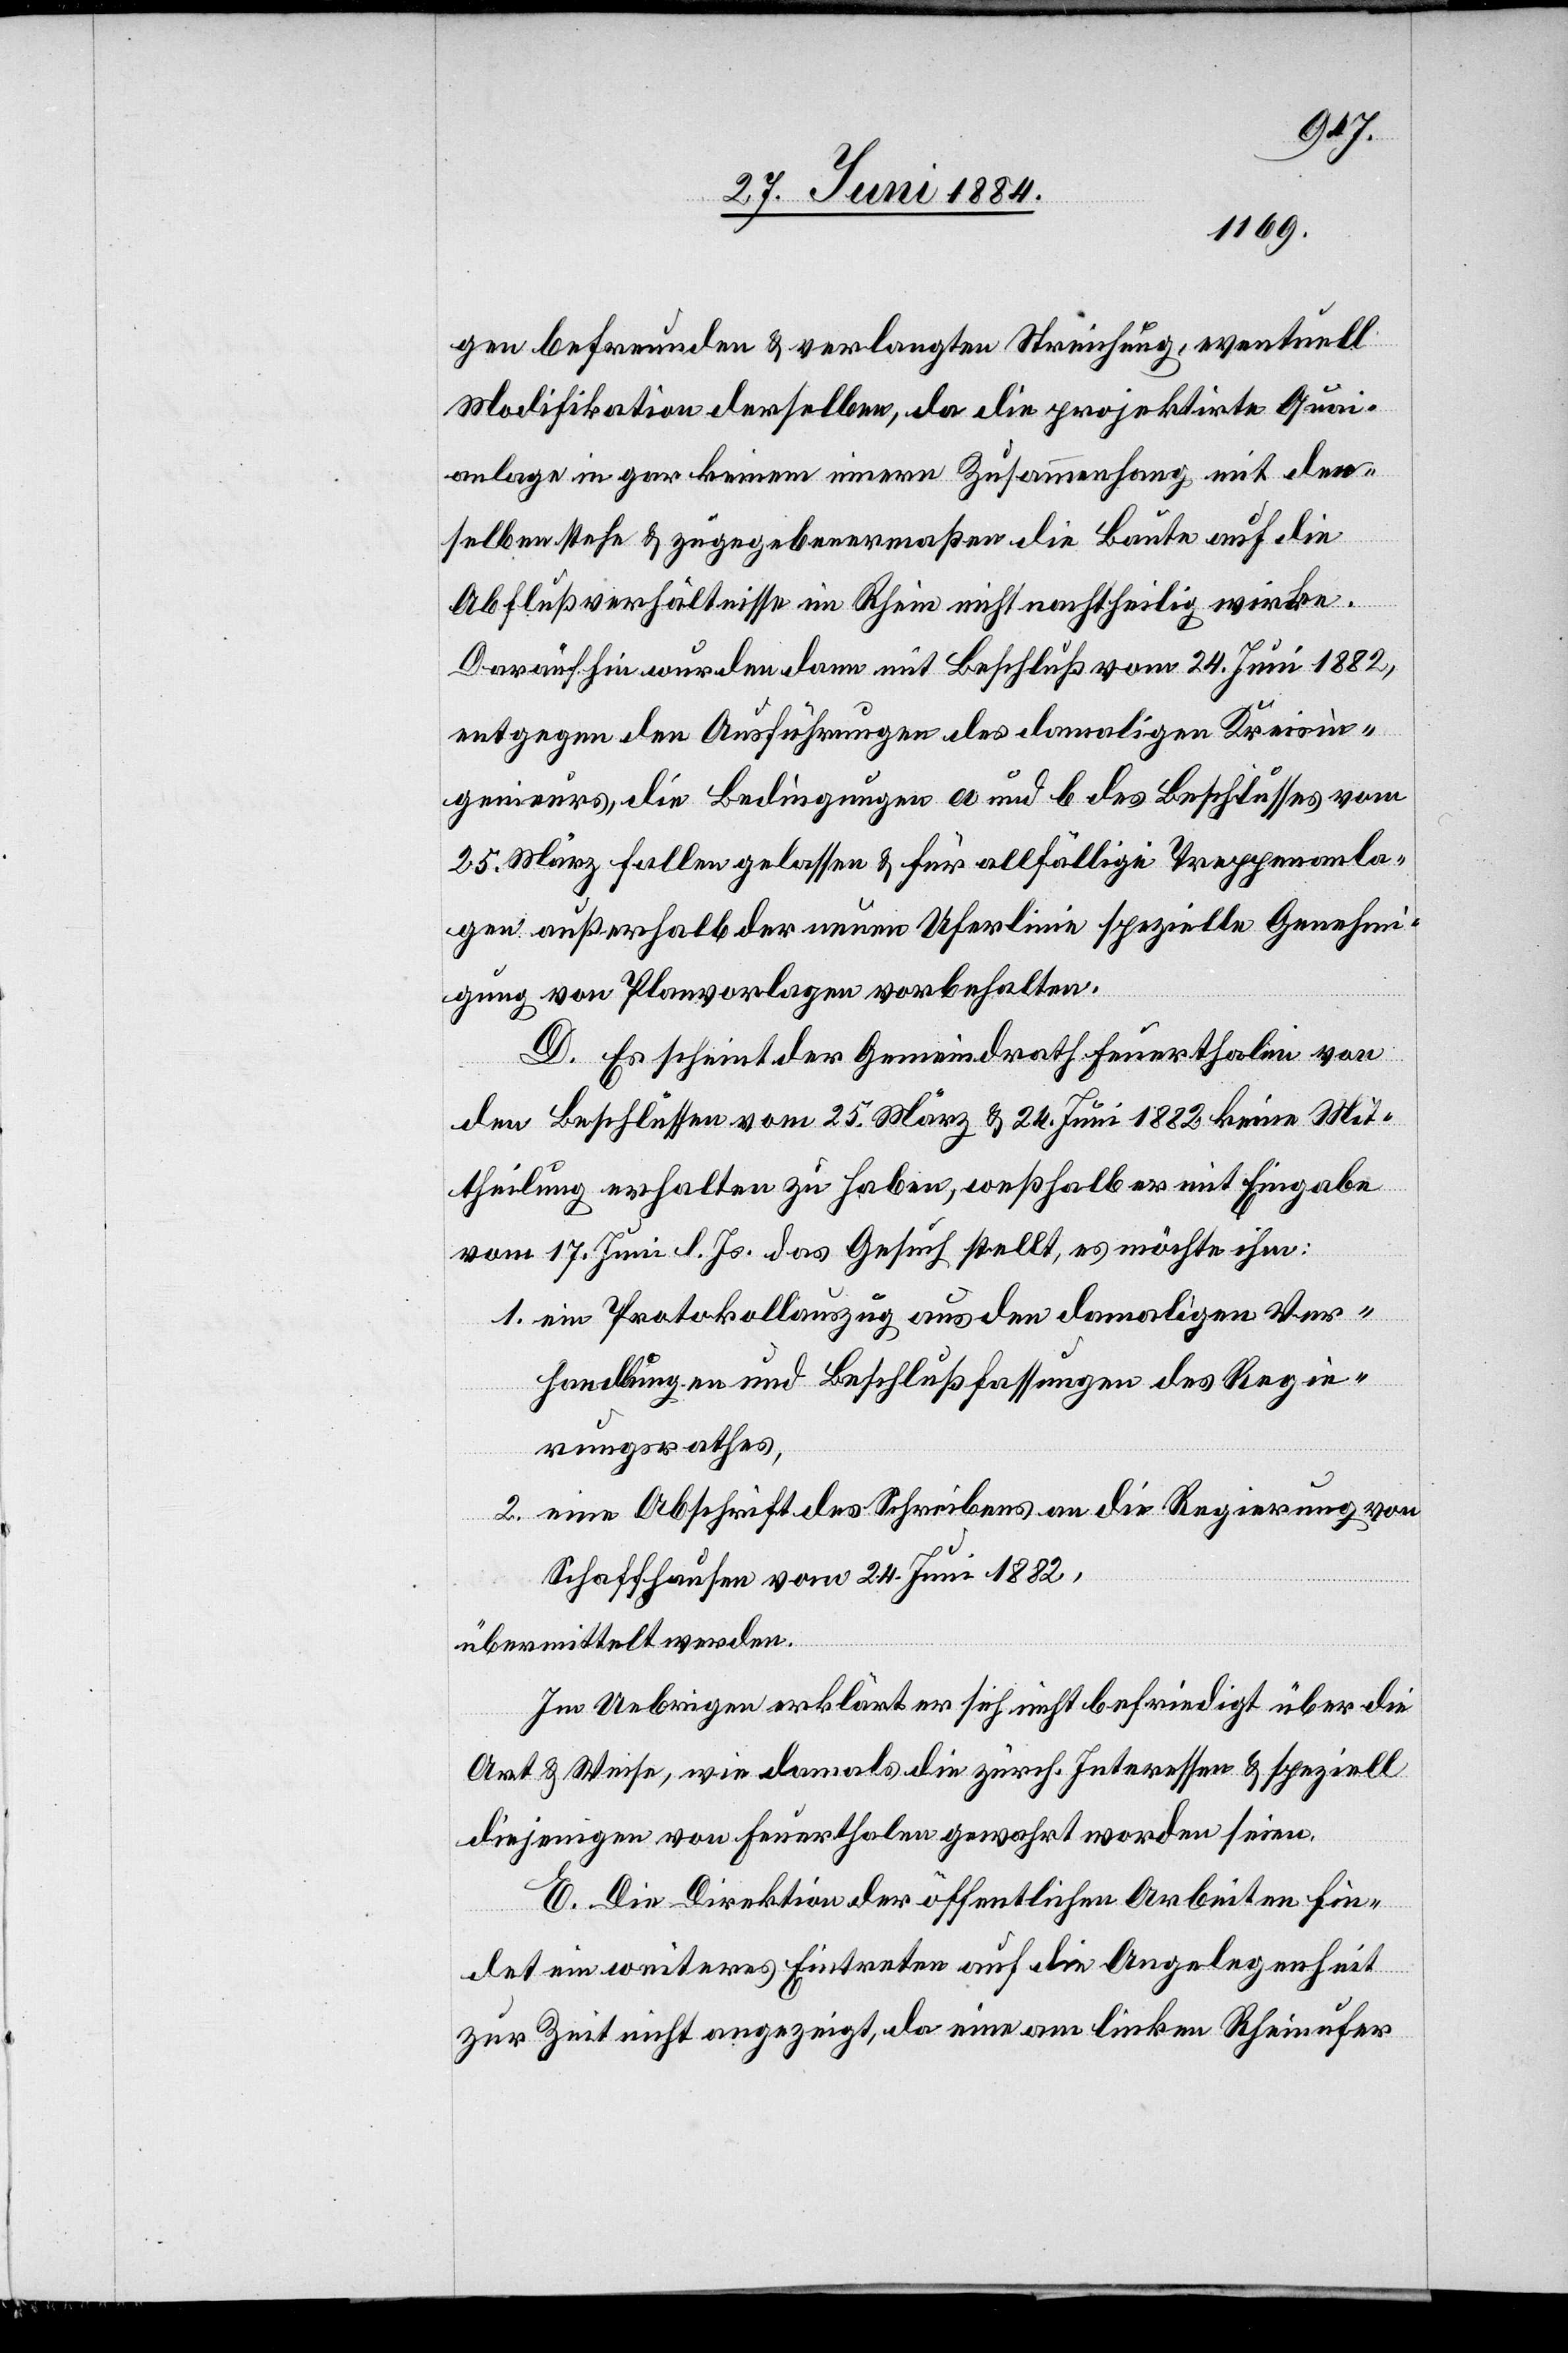
gen befreunden & verlangten Streichung, eventuell
Modifikation derselben, da die projektirte Quai¬
anlage in gar keinem innern Zusammenhang mit den¬
selben stehe & zugegebenermaßen die Baute auf die
Abflußverhältnisse im Rhein nicht nachtheilig wirke.
Daraufhin wurden dann mit Beschluß vom 24. Juni 1882,
entgegen den Ausführungen a und b des Beschlusses vom
25. März fallen gelassen & für allfällige Truppenanla¬
gen außerhalb der neuen Uferlinie spezielle Genehmi¬
gung von Planvorlagen vorbehalten.
D. Es scheint der Gemeindrath Feuerthalen von
den Beschlüssen vom 25. März & 24. Juni 1882 keine Mit¬
theilung erhalten zu haben, weßhalb er mit Eingabe
vom 17. Juni l. Js. das Gesuch stellt, es möchte ihm:
1. ein Protokollauszug aus den damaligen Ver¬
handlungen und Beschlußfassungen des Regie¬
rungsrathes,
2. eine Abschrift des Schreibens an die Regierung von
Schaffhausen vom 24. Juni 1882,
übermittelt werden.
Im Uebrigen erklärt er sich nicht befriedigt über die
Art & Weise, wie damals die zürch. Interessen & speziell
diejenigen von Feuerthalen gewahrt worden seien.
E. Die Direktion der öffentlichen Arbeiten fin¬
det ein weiteres Eintreten auf die Angelegenheit
zur Zeit nicht angezeigt, da eine am linken Rheinufer